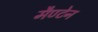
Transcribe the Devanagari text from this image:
मैण्टेन